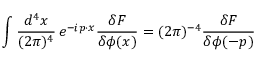
\int \frac { d ^ { 4 } x } { ( 2 \pi ) ^ { 4 } } \, e ^ { - i p \cdot x } \frac { \delta F } { \delta \phi ( x ) } = ( 2 \pi ) ^ { - 4 } \frac { \delta F } { \delta \phi ( - p ) }